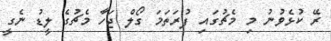
ރޭ ކުޅެވުނު މި މެޗުގައި ފުރަތަމަ ގޯލް ޖަހާ މެޗުގެ ލީޑު ނެގީ